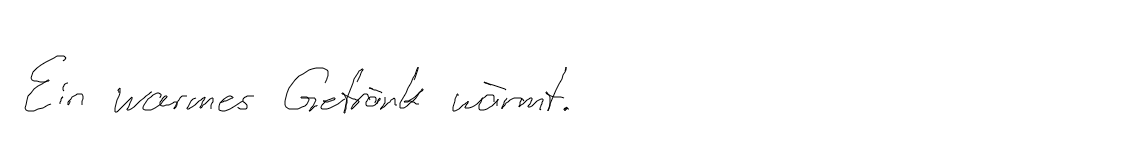
Ein warmes Getränk wärmt.